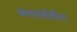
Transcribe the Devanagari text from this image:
बारामतीतील